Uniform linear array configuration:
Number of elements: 16
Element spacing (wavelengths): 0.25
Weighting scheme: hamming
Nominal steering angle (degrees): -30
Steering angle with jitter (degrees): -30.876
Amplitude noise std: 0.05
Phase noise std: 0.05

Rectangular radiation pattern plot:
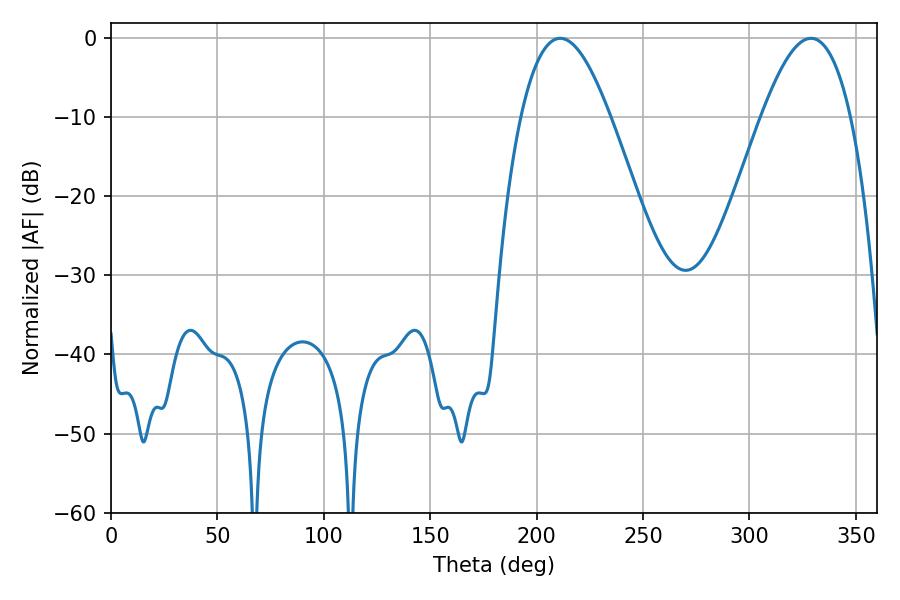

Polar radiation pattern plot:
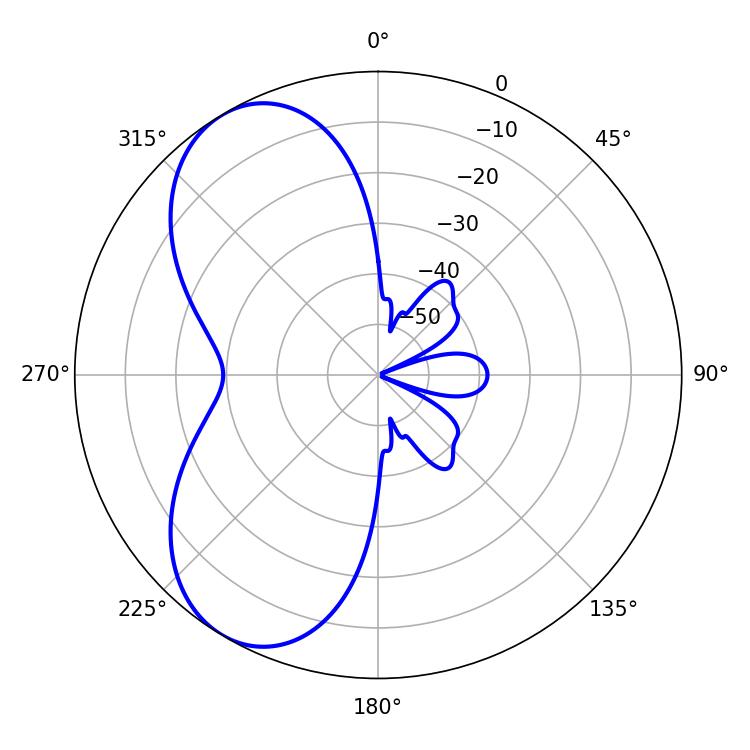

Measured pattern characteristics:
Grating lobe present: FALSE
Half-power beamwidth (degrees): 22.86
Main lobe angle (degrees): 211.14